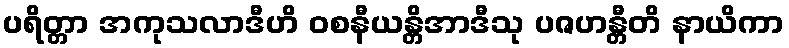
ပရိတ္တာ အကုသလာဒီဟိ ဝစနီယန္တိအာဒီသု ပဇဟန္တီတိ နာယိကာ